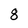
Character: 8